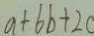
a + 6 b + 2 c